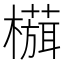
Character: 𬄻